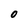
Character: O